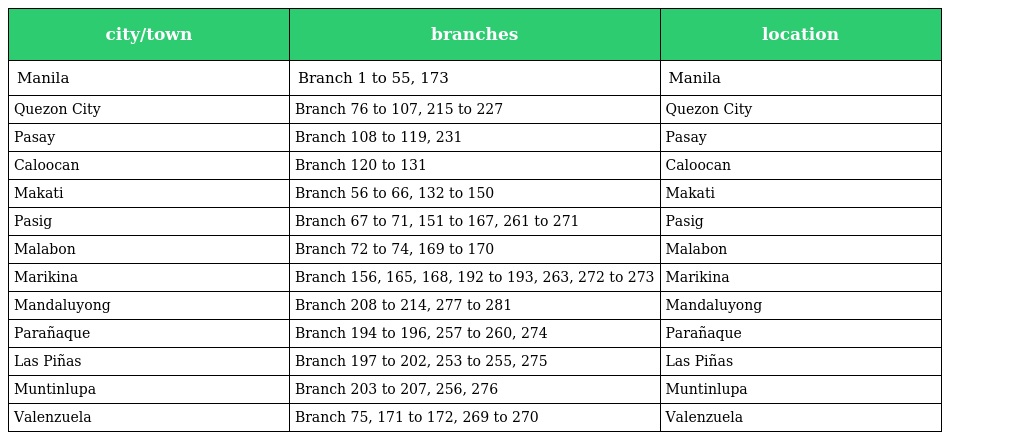
| city/town | branches | location |
 | --- | --- | --- |
 | Manila | Branch 1 to 55, 173 | Manila |
 | Quezon City | Branch 76 to 107, 215 to 227 | Quezon City |
 | Pasay | Branch 108 to 119, 231 | Pasay |
 | Caloocan | Branch 120 to 131 | Caloocan |
 | Makati | Branch 56 to 66, 132 to 150 | Makati |
 | Pasig | Branch 67 to 71, 151 to 167, 261 to 271 | Pasig |
 | Malabon | Branch 72 to 74, 169 to 170 | Malabon |
 | Marikina | Branch 156, 165, 168, 192 to 193, 263, 272 to 273 | Marikina |
 | Mandaluyong | Branch 208 to 214, 277 to 281 | Mandaluyong |
 | Parañaque | Branch 194 to 196, 257 to 260, 274 | Parañaque |
 | Las Piñas | Branch 197 to 202, 253 to 255, 275 | Las Piñas |
 | Muntinlupa | Branch 203 to 207, 256, 276 | Muntinlupa |
 | Valenzuela | Branch 75, 171 to 172, 269 to 270 | Valenzuela |